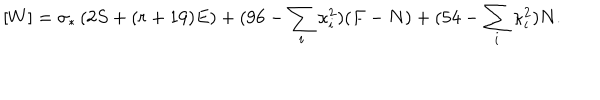
[ W ] = \sigma _ { * } \left( 2 S + ( r + 1 9 ) E \right) + ( 9 6 - \sum _ { i } \kappa _ { i } ^ { 2 } ) ( F - N ) + ( 5 4 - \sum _ { i } \kappa _ { i } ^ { 2 } ) N .